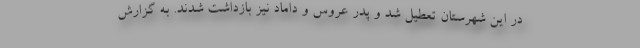
در این شهرستان تعطیل شد و پدر عروس و داماد نیز بازداشت شدند. به گزارش